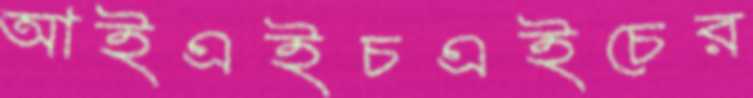
আইএইচএইচের